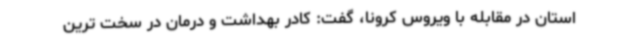
استان در مقابله با ویروس کرونا، گفت: کادر بهداشت و درمان در سخت ترین